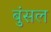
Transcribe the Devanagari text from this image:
बुंसल